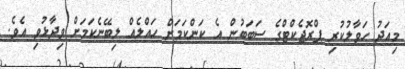
މިއަދު ހަވާލުކުރި ޕްރޮޖެކްޓްގެ ސަބަބުން އެ ކަންކަމަށް ހައްލެއް ލިބޭނެކަމަށް ވިދާޅުވި އެވެ.